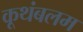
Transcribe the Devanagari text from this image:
कूथंबलम